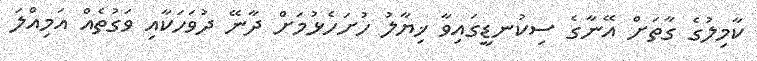
ކާމިލުގެ ގާތަށް އޭނާގެ ސިކުނޑީގައިވާ ޚިޔާލު ހުށަހެޅުމަށް ދާނޭ ދުވަހަކާއި ވަގުތެއް އަމިއްލަ